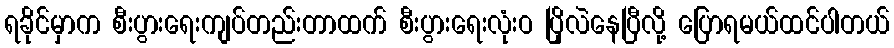
ရခိုင်မှာက စီးပွားရေးကျပ်တည်းတာထက် စီးပွားရေးလုံးဝ ပြိုလဲနေပြီလို့ ပြောရမယ်ထင်ပါတယ်